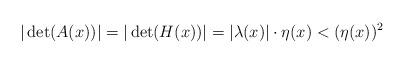
LaTeX: \begin{align*}|\det(A(x))|=|\det(H(x))|=|\lambda(x)|\cdot\eta(x)<(\eta(x))\sp2\end{align*}